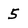
Character: 5